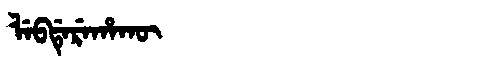
Manchu: ᠯᡝᠪᡩᡝᡵᡝᡥᠠᡴᡡ
Romanization: LEBDEREHAKŪ